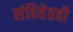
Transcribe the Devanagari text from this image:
संहितेतही